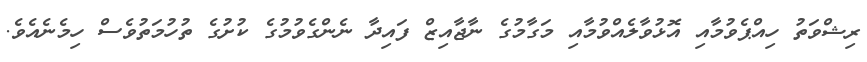
ރިޝްވަތު ހިއްޕެވުމާއި އޮޅުވާލެއްވުމާއި މަގާމުގެ ނާޖާއިޒް ފައިދާ ނެންގެވުމުގެ ކުށުގެ ތުހުމަތުވެސް ހިމެނެއެވެ.